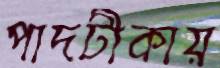
পাদটীকায়